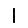
Digit: 1